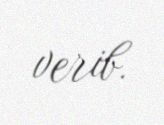
verib.